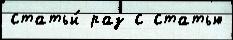
статьи́ раз с статью